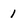
Character: 1